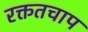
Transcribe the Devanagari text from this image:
रक्ततचाप